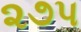
૨૭પ